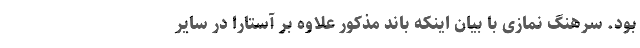
بود. سرهنگ نمازی با بیان اینکه باند مذکور علاوه بر آستارا در سایر